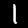
Digit: 1